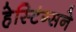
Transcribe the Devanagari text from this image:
हेस्टिंग्सने